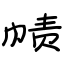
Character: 帻